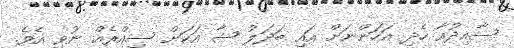
ސާއިދުއާ ހެދި އަހަންނަށް އައި ބަދަލު ޝާ އަކަށް ސިއްރެއް ނުވި އެވެ.